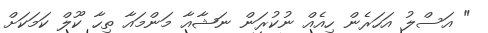
" އަސްލު އަހަރެން ހިއެއް ނުކުރަން ނަޝާއާ މަންމައާ ތިހާ ކޫލް ކަމަކަށް